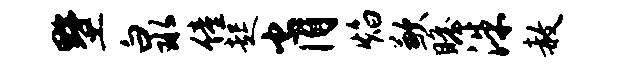
墅泉僮起肖焰歉瞻洙赦